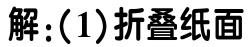
解：(1)折叠纸面